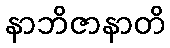
နာဘိဇာနာတိ